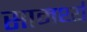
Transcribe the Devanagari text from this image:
सामर्थ्यं